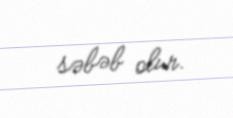
səbəb olur.